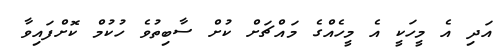
އަދި އެ މީހަކީ އެ މީހެއްގެ މައްޗަށް ކުށް ސާބިތުވެ ހުކުމް ކޮށްފައިވާ